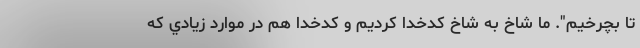
تا بچرخيم". ما شاخ به شاخ كدخدا كرديم و كدخدا هم در موارد زيادي كه